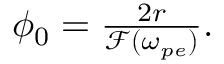
\begin{array} { r } { \phi _ { 0 } = \frac { 2 r } { \mathcal { F } ( \omega _ { p e } ) } . } \end{array}